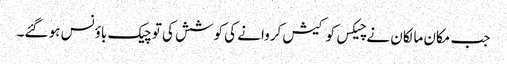
جب مکان مالکان نے چیکس کو کیش کروانے کی کوشش کی تو چیک باؤنس ہو گئے۔